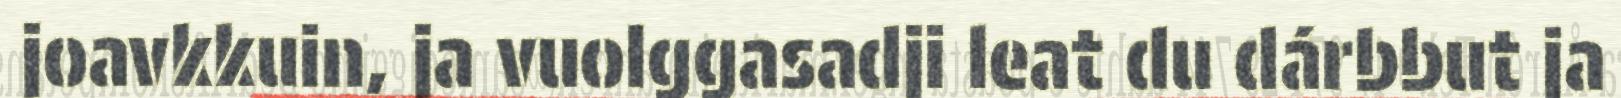
joavkkuin, ja vuolggasadji leat du dárbbut ja